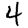
Digit: 4